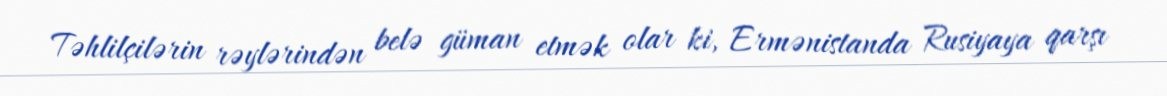
Təhlilçilərin rəylərindən belə güman etmək olar ki, Ermənistanda Rusiyaya qarşı